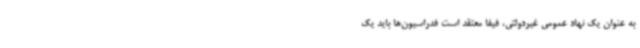
به عنوان یک نهاد عمومی غیردولتی، فیفا معتقد است فدراسیون‌ها باید یک